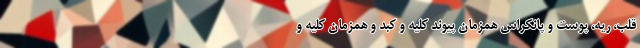
قلب، ریه، پوست و پانکراس همزمان پیوند کلیه و کبد و همزمان کلیه و